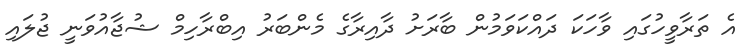
އެ ތަރާވީހުގައި ވާހަކަ ދައްކަވަމުން ބާރަށު ދާއިރާގެ މެންބަރު އިބްރާހިމް ޝުޖާއުވަނީ ޖުލައި